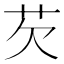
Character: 芡